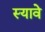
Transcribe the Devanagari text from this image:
स्यावे